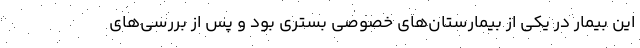
این بیمار در یکی از بیمارستان‌های خصوصی بستری بود و پس از بررسی‌های